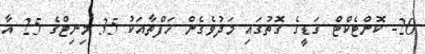
20- ކޮންޓެކްޓް ގަޑީގެ ގޮތުގައި މަދުވެގެން ހަފްތާއަކު 35 މިނިޓްގެ 25 އާ